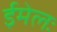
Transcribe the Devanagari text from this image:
ईमेलः